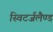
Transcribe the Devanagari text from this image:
स्विटर्जलैण्ड